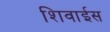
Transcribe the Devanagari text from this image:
शिवाईस